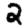
Digit: 2